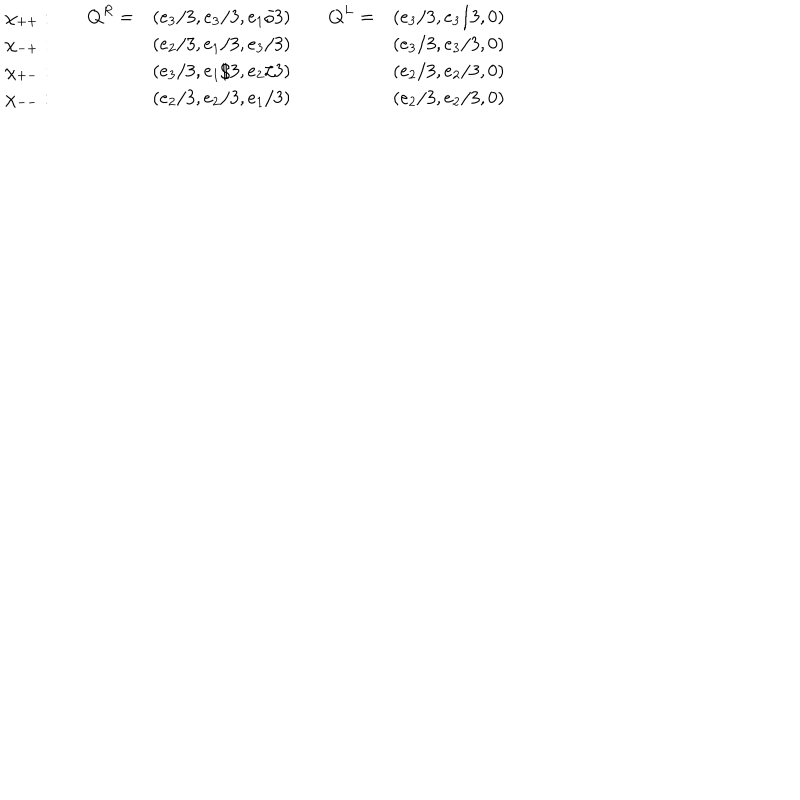
LaTeX: \begin{array} { c c c c c } { { \chi _ { + + } : \quad } } & { { { \bf Q } ^ { R } = } } & { { ( e _ { 3 } / 3 , e _ { 3 } / 3 , e _ { 1 } / 3 ) \quad } } & { { { \bf Q } ^ { L } = } } & { { ( e _ { 3 } / 3 , e _ { 3 } / 3 , 0 ) } } \\ { { \chi _ { - + } : \quad } } & { { } } & { { ( e _ { 2 } / 3 , e _ { 1 } / 3 , e _ { 3 } / 3 ) \quad } } & { { } } & { { ( e _ { 3 } / 3 , e _ { 3 } / 3 , 0 ) } } \\ { { \chi _ { + - } : \quad } } & { { } } & { { ( e _ { 3 } / 3 , e _ { 1 } / 3 , e _ { 2 } / 3 ) \quad } } & { { } } & { { ( e _ { 2 } / 3 , e _ { 2 } / 3 , 0 ) } } \\ { { \chi _ { -- } : \quad } } & { { } } & { { ( e _ { 2 } / 3 , e _ { 2 } / 3 , e _ { 1 } / 3 ) \quad } } & { { } } & { { ( e _ { 2 } / 3 , e _ { 2 } / 3 , 0 ) } } \\ \end{array}